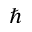
\hbar